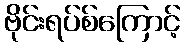
ဗိုင်းရပ်စ်ကြောင့်